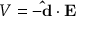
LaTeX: V = - \mathbf { \hat { d } } \cdot \mathbf { E }